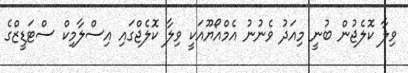
ވިލާ ކޮލެޖުން ބުނީ މިއަދު ވެނުނު އެމްއޯޔޫއަކީ ވިލާ ކޮލެޖްގައި އިސްލާމިކް ސްޓަޑީޒްގެ